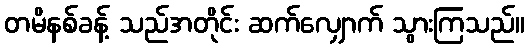
တမိနစ်ခန့် သည်အတိုင်း ဆက်လျှောက် သွားကြသည်။